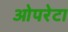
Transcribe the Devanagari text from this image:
ओपरेटा